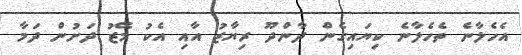
އެހެލާނެ ތެހެލާނެ ކިޔައިގެން ދާންދޫ ރިޔާޒު އާއި އެކު މޭޒު ދަށުން ދަމާ